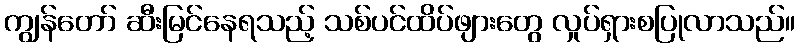
ကျွန်တော် ဆီးမြင်နေရသည့် သစ်ပင်ထိပ်ဖျားတွေ လှုပ်ရှားစပြုလာသည်။